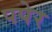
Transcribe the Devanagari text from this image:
पपेर